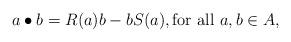
LaTeX: \begin{align*}a\bullet b = R(a)b-bS(a), \mbox{for all $a,b\in A$,}\end{align*}